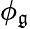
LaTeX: \phi_{\mathfrak{g}}